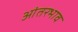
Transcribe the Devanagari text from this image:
आंतरभाव